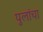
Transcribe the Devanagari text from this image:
पुलांचा